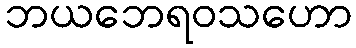
ဘယဘေရဝသဟော